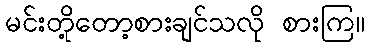
မင်းတို့တော့စားချင်သလို စားကြ။